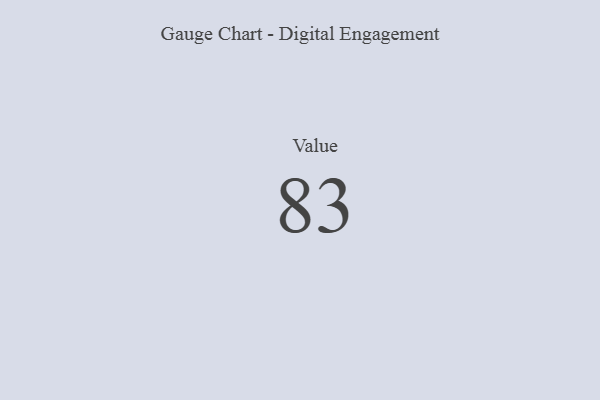
{"axis": {"x": "Metric", "y": "Value"}, "legend": [""], "data": [{"x": "Value", "y": 83, "type": ""}]}